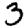
Digit: 3